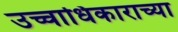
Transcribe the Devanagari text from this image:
उच्चाधिकाराच्या